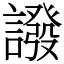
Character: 𧬋